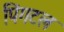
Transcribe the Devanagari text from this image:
पिंगटल